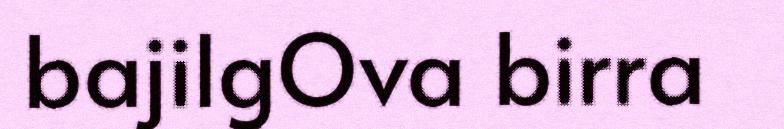
bajilgOva birra